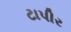
ટાપીર